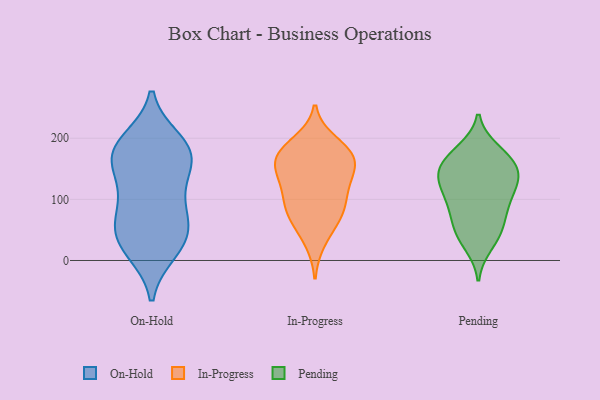
{"axis": {"x": "LTV (USD)", "y": "Value"}, "legend": ["In-Progress", "On-Hold", "Pending"], "data": [{"x": "", "y": 17, "type": "On-Hold"}, {"x": "", "y": 168, "type": "On-Hold"}, {"x": "", "y": 21, "type": "On-Hold"}, {"x": "", "y": 194, "type": "On-Hold"}, {"x": "", "y": 174, "type": "On-Hold"}, {"x": "", "y": 75, "type": "On-Hold"}, {"x": "", "y": 109, "type": "On-Hold"}, {"x": "", "y": 113, "type": "On-Hold"}, {"x": "", "y": 183, "type": "On-Hold"}, {"x": "", "y": 40, "type": "On-Hold"}, {"x": "", "y": 55, "type": "On-Hold"}, {"x": "", "y": 177, "type": "On-Hold"}, {"x": "", "y": 161, "type": "On-Hold"}, {"x": "", "y": 49, "type": "On-Hold"}, {"x": "", "y": 122, "type": "In-Progress"}, {"x": "", "y": 31, "type": "In-Progress"}, {"x": "", "y": 169, "type": "In-Progress"}, {"x": "", "y": 173, "type": "In-Progress"}, {"x": "", "y": 193, "type": "In-Progress"}, {"x": "", "y": 96, "type": "In-Progress"}, {"x": "", "y": 78, "type": "In-Progress"}, {"x": "", "y": 139, "type": "In-Progress"}, {"x": "", "y": 107, "type": "In-Progress"}, {"x": "", "y": 68, "type": "In-Progress"}, {"x": "", "y": 173, "type": "In-Progress"}, {"x": "", "y": 156, "type": "In-Progress"}, {"x": "", "y": 142, "type": "In-Progress"}, {"x": "", "y": 178, "type": "In-Progress"}, {"x": "", "y": 72, "type": "In-Progress"}, {"x": "", "y": 46, "type": "Pending"}, {"x": "", "y": 129, "type": "Pending"}, {"x": "", "y": 82, "type": "Pending"}, {"x": "", "y": 110, "type": "Pending"}, {"x": "", "y": 131, "type": "Pending"}, {"x": "", "y": 59, "type": "Pending"}, {"x": "", "y": 172, "type": "Pending"}, {"x": "", "y": 141, "type": "Pending"}, {"x": "", "y": 180, "type": "Pending"}, {"x": "", "y": 95, "type": "Pending"}, {"x": "", "y": 90, "type": "Pending"}, {"x": "", "y": 26, "type": "Pending"}, {"x": "", "y": 162, "type": "Pending"}, {"x": "", "y": 139, "type": "Pending"}, {"x": "", "y": 42, "type": "Pending"}, {"x": "", "y": 140, "type": "Pending"}, {"x": "", "y": 168, "type": "Pending"}]}